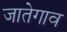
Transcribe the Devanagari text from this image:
जातेगाव